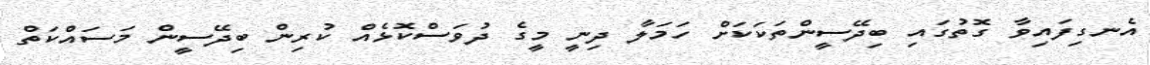
އެނގިފައިވާ ގޮތުގައި ބިދޭސީންތަކަކަށް ހަމަލާ ދިނީ މީގެ ދުވަސްކޮޅެއް ކުރިން ބިދޭސީން މަސައްކަތް